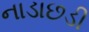
નાડાછડી